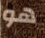
هو